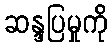
ဆန္ဒပြမှုကို